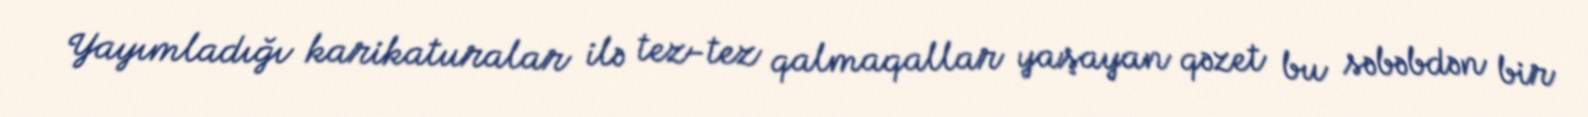
Yayımladığı karikaturalar ilə tez-tez qalmaqallar yaşayan qəzet bu səbəbdən bir